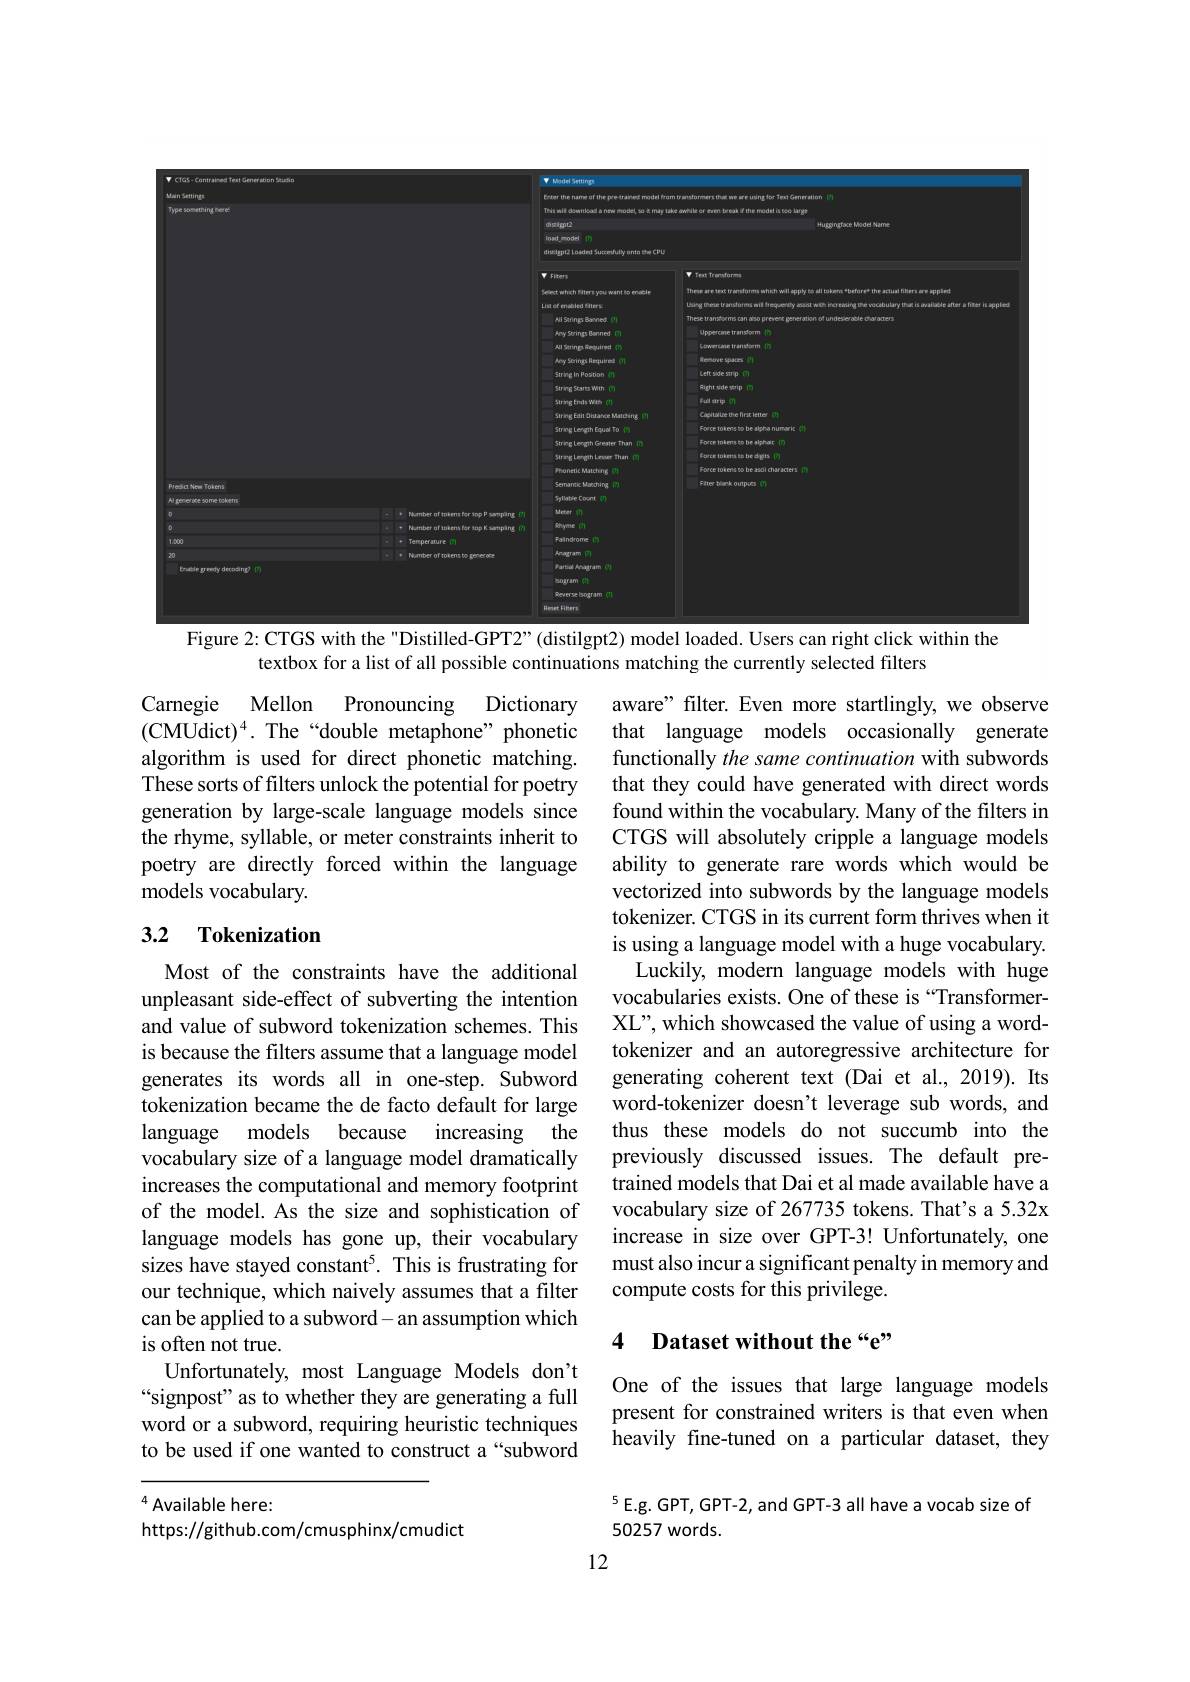
<FigureHere>
Figure 2: CTGS with the "Distilled-GPT2"(distilgpt2) model loaded. Users can right click within the

textbox for a list of all possible continuations matching the currently selected filters

Carnegie Mellon Pronouncing Dictionary $(CMUdict)^4. The“double metaphone” phonetic$ algorithm is used for direct phonetic matching. These sorts of filters unlock the potential for poetry generation by large-scale language models since the rhyme, syllable, or meter constraints inherit to poetry are directly forced within the language models vocabulary.

## 3.2 Tokenization

aware" filter. Even more startlingly, we observe that language models occasionally generate functionally the same continuation with subwords that they could have generated with direct words found within the vocabulary. Many of the filters in CTGS will absolutely cripple a language models ability to generate rare words which would be vectorized into subwords by the language models tokenizer. CTGS in its current form thrives when it is using a language model with a huge vocabulary. Luckily, modern language models with huge vocabularies exists. One of these is “TransformerXL", which showcased the value of using a wordtokenizer and an autoregressive architecture for generating coherent text (Dai et al., 2019). Its word-tokenizer doesn't leverage sub words, and thus these models do not succumb into the previously discussed issues. The default pretrained models that Dai et al made available have a vocabulary size of 267735 tokens. That's a 5.32x increase in size over GPT-3! Unfortunately, one must also incur a significant penalty in memory and compute costs for this privilege.

Most of the constraints have the additional unpleasant side-effect of subverting the intention and value of subword tokenization schemes. This is because the filters assume that a language model generates its words all in one-step. Subword tokenization became the de facto default for large language models because increasing the vocabulary size of a language model dramatically increases the computational and memory footprint of the model. As the size and sophistication of language models has gone up, their vocabulary sizes have stayed constant$^{5}.$ This is frustrating for our technique, which naively assumes that a filter can be applied to a subword- an assumption which is often not true.
Unfortunately, most Language Models don't “signpost" as to whether they are generating a full word or a subword, requiring heuristic techniques to be used if one wanted to construct a “subword

## 4 Dataset without the “e”

One of the issues that large language models present for constrained writers is that even when heavily fine-tuned on a particular dataset, they

$^{4}{\mathrm{Available~here:}}$
https://github.com/cmusphinx/cmudict

$^{5}$E.g. GPT, GPT-2, and GPT-3 all have a vocab size of
50257 words.

12